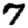
Digit: 7